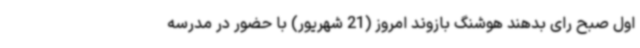
اول صبح رای بدهند هوشنگ بازوند امروز (21 شهریور) با حضور در مدرسه